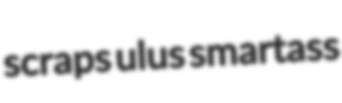
scraps ulus smartass